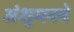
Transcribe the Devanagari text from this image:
अंशुमनने